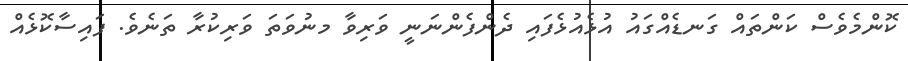
ކޮންމެވެސް ކަންތައް ގަނޑެއްގައު އުޅެއުޅެފައި ދެންފެންނަނީ ވަރިވާ މނުވަތަ ވަރިކުރާ ތަނެވެ. ފައިސާކޮޅެއް